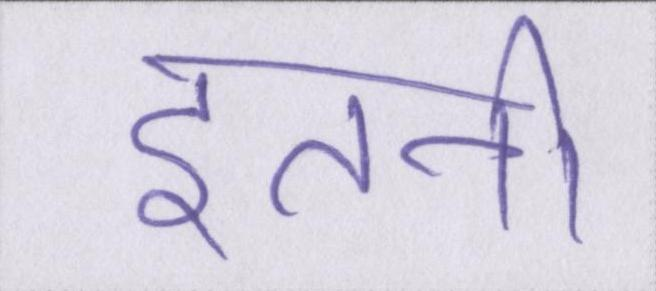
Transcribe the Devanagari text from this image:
इतनी